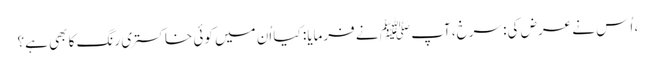
، اُس نے عرض کی: سرخ، آپ ﷺ نے فرمایا: کیا اُن میں کوئی خاکستری رنگ کا بھی ہے؟